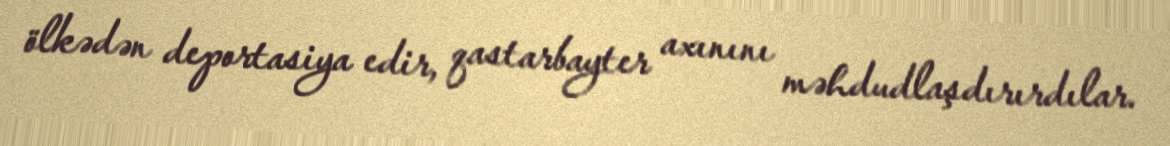
ölkədən deportasiya edir, qastarbayter axınını məhdudlaşdırırdılar.